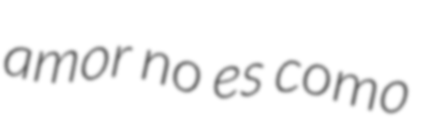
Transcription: amor no es como